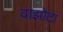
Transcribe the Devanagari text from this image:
वाझोटा